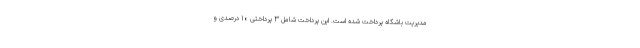
مدیریت باشگاه پرداخت شده است. این پرداخت شامل ۳ پرداختی ۱۰ درصدی و